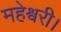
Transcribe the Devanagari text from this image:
महेश्वरी।